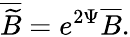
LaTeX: \overline{{{\widetilde{B}}}}=e^{2\Psi}\overline{{{B}}}.